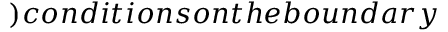
) c o n d i t i o n s o n t h e b o u n d a r y